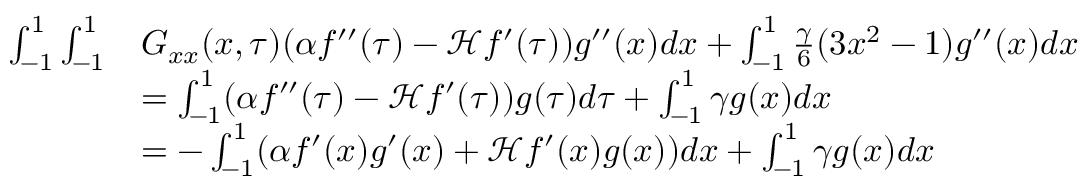
\begin{array} { r l } { \int _ { - 1 } ^ { 1 } \int _ { - 1 } ^ { 1 } } & { G _ { x x } ( x , \tau ) ( \alpha f ^ { \prime \prime } ( \tau ) - \mathcal H f ^ { \prime } ( \tau ) ) g ^ { \prime \prime } ( x ) d x + \int _ { - 1 } ^ { 1 } \frac { \gamma } { 6 } ( 3 x ^ { 2 } - 1 ) g ^ { \prime \prime } ( x ) d x } \\ & { = \int _ { - 1 } ^ { 1 } ( \alpha f ^ { \prime \prime } ( \tau ) - \mathcal H f ^ { \prime } ( \tau ) ) g ( \tau ) d \tau + \int _ { - 1 } ^ { 1 } \gamma g ( x ) d x } \\ & { = - \int _ { - 1 } ^ { 1 } ( \alpha f ^ { \prime } ( x ) g ^ { \prime } ( x ) + \mathcal H f ^ { \prime } ( x ) g ( x ) ) d x + \int _ { - 1 } ^ { 1 } \gamma g ( x ) d x } \end{array}